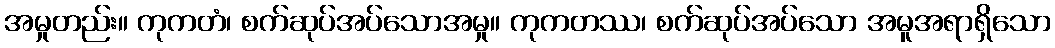
အမှုတည်း။ ကုကတံ၊ စက်ဆုပ်အပ်သောအမှု။ ကုကတဿ၊ စက်ဆုပ်အပ်သော အမူအရာရှိသော